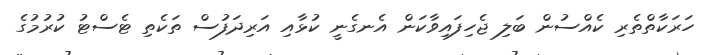
ހަރަކާތްތެރި ކެއްސުން ބަލި ޖެހިފައިވާކަން އެނގެނީ ކުޅާއި އަރިދަފުސް ތަކެތި ޓެސްޓު ކުރުމުގެ